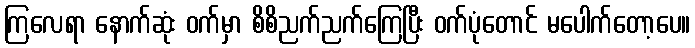
ကြလေရာ နောက်ဆုံး ဝက်မှာ စိစိညက်ညက်ကြေပြီး ဝက်ပုံတောင် မပေါက်တော့ပေ။